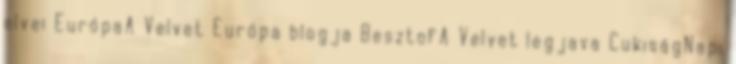
elvei EurópaA Velvet Európa blogja BesztofA Velvet legjava CukiságNapi